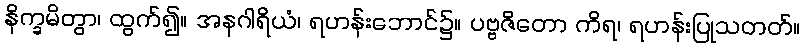
နိက္ခမိတွာ၊ ထွက်၍။ အနဂါရိယံ၊ ရဟန်းဘောင်၌။ ပဗ္ဗဇိတော ကိရ၊ ရဟန်းပြုသတတ်။